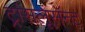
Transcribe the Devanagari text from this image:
ट्रांसलूसॅन्ट